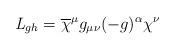
LaTeX: \begin{align*}{\it L}_{gh} = \overline{\chi}^\mu g_{\mu \nu} (-g)^\alpha \chi^\nu\end{align*}